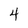
Character: 4